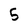
Character: 5